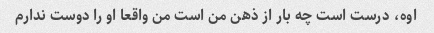
اوه، درست است چه بار از ذهن من است من واقعا او را دوست ندارم